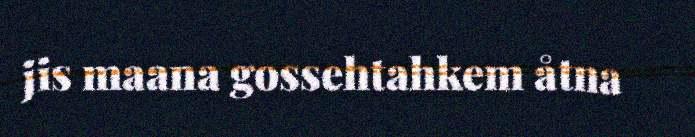
jis maana gossehtahkem åtna